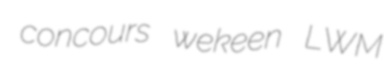
concours wekeen LWM